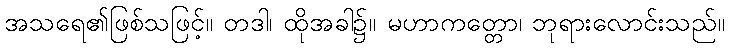
အသရေ၏ဖြစ်သဖြင့်။ တဒါ၊ ထိုအခါ၌။ မဟာကတ္တော၊ ဘုရားလောင်းသည်။